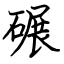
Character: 碾